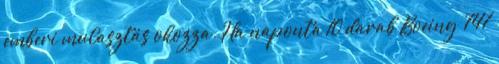
emberi mulasztás okozza. Ha naponta 10 darab Boeing 747